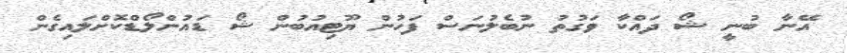
އޭނާ ބުނީ ޝޯ ދައްކާ ވަގުތު ނުބެލުނަސް ފަހުން ޔޫޓިއުބުން ޝޯ ޑައުންލޯޑްކޮށްލައިގެން